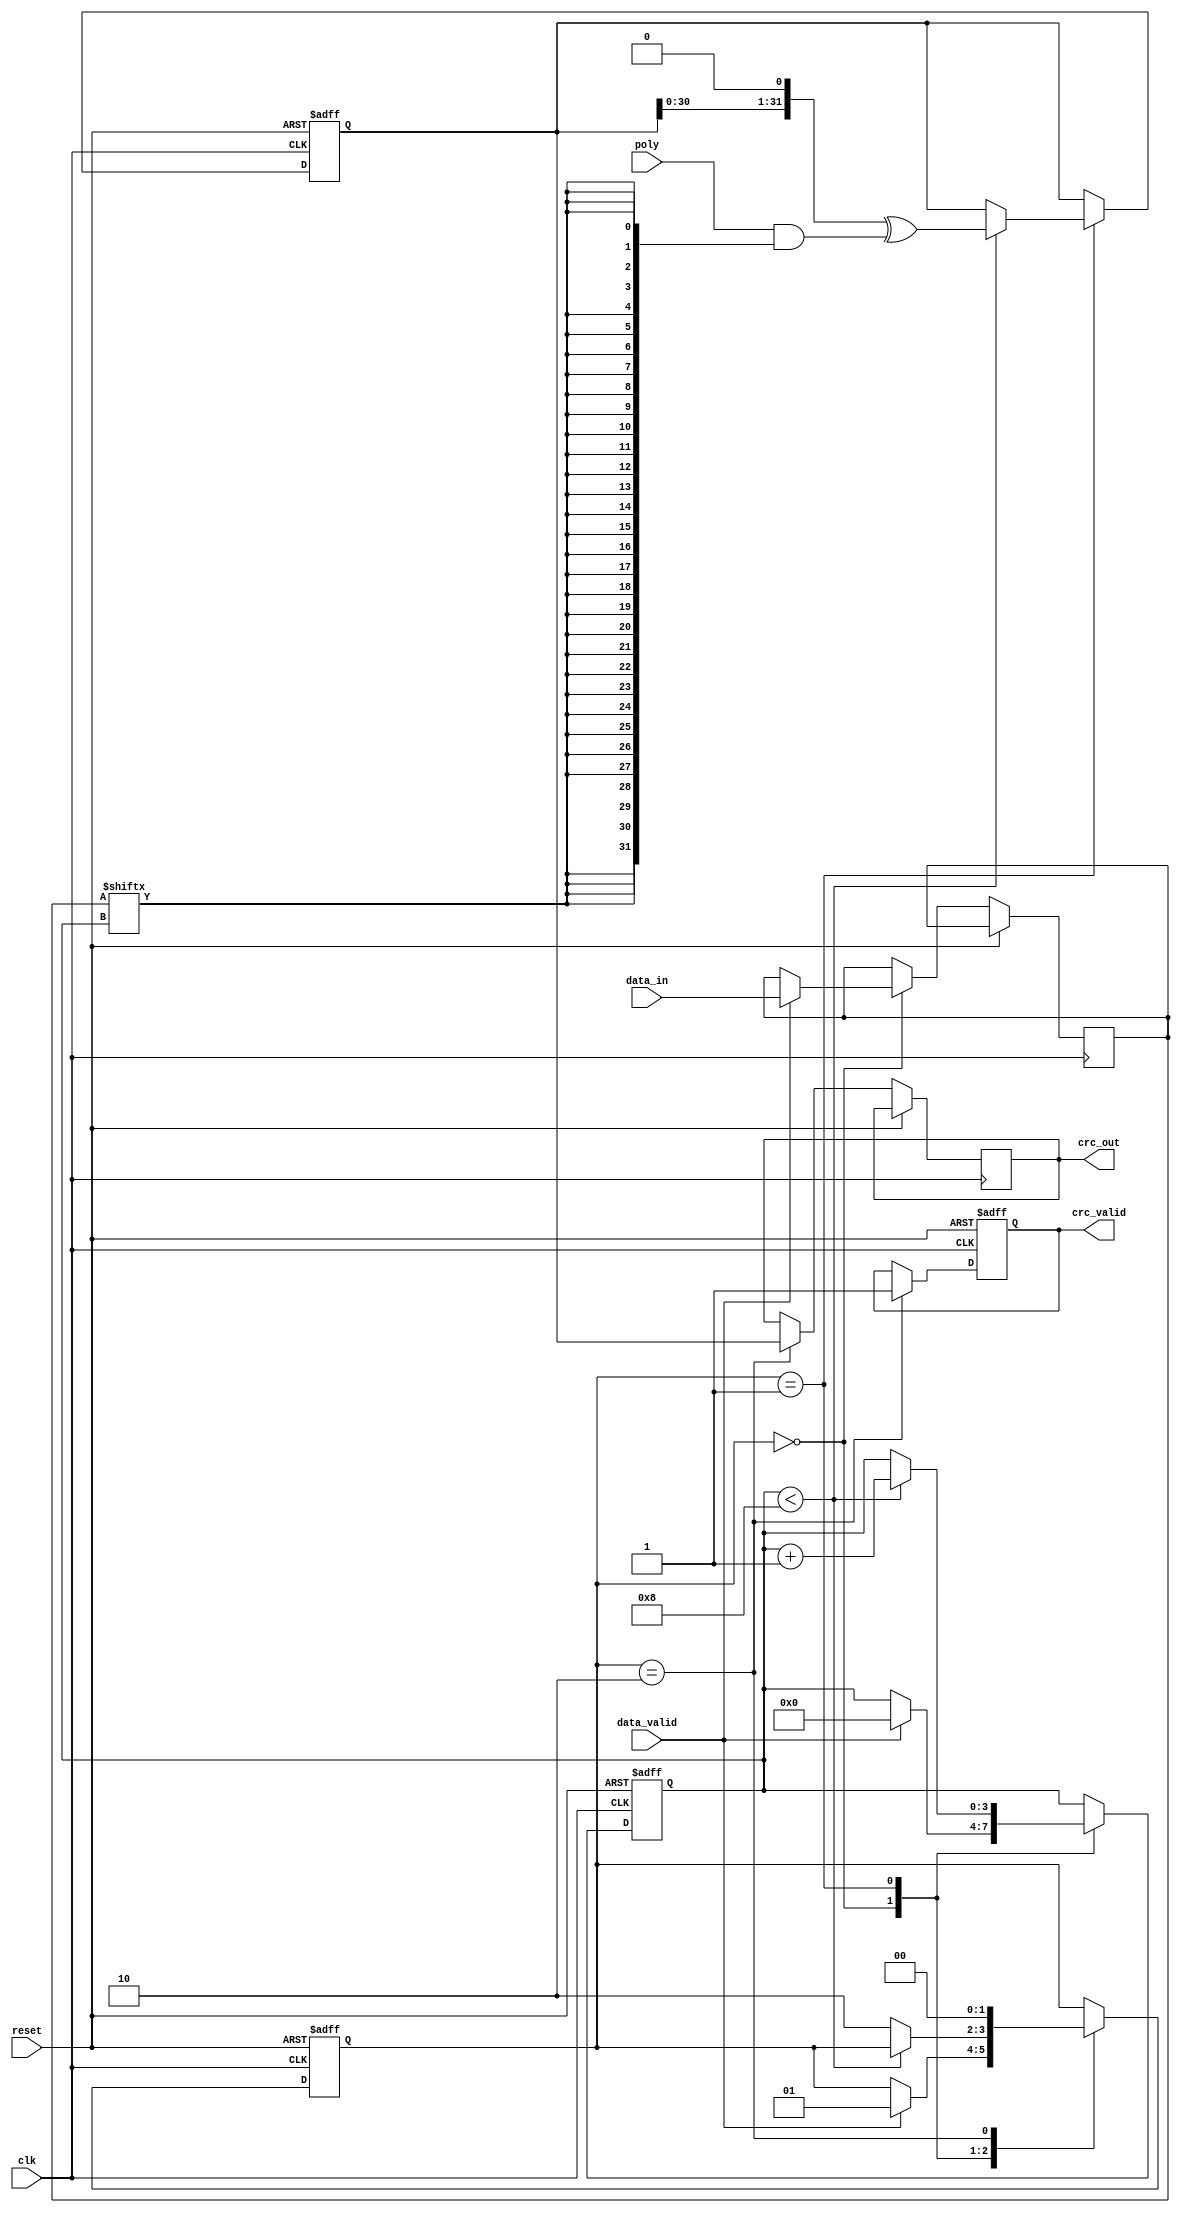
module parameterized_crc #(
    parameter CRC_WIDTH = 32,
    parameter POLY_WIDTH = 8,
    parameter INIT_VALUE = 32'hFFFFFFFF,
    parameter REFLECT_INPUT = 1'b0,
    parameter REFLECT_OUTPUT = 1'b0
)(
    input wire clk,
    input wire reset,
    input wire [7:0] data_in, // Assuming 8-bit input data
    input wire data_valid,
    input wire [POLY_WIDTH-1:0] poly,
    output reg [CRC_WIDTH-1:0] crc_out,
    output reg crc_valid
);

    reg [CRC_WIDTH-1:0] crc_reg;
    reg [7:0] data_buffer;
    reg [3:0] bit_counter; // Assuming max 8 bits of data
    reg [1:0] state;
    
    localparam IDLE = 2'b00;
    localparam PROCESSING = 2'b01;
    localparam OUTPUT = 2'b10;

    // Reflect function for input and output
    function [7:0] reflect_input(input [7:0] data);
        integer i;
        begin
            reflect_input = 0;
            for (i = 0; i < 8; i = i + 1) begin
                reflect_input[i] = data[7 - i];
            end
        end
    endfunction

    function [CRC_WIDTH-1:0] reflect_output(input [CRC_WIDTH-1:0] crc);
        integer i;
        begin
            reflect_output = 0;
            for (i = 0; i < CRC_WIDTH; i = i + 1) begin
                reflect_output[i] = crc[CRC_WIDTH - 1 - i];
            end
        end
    endfunction

    // CRC calculation process
    always @(posedge clk or posedge reset) begin
        if (reset) begin
            crc_reg <= INIT_VALUE;
            crc_valid <= 1'b0;
            state <= IDLE;
            bit_counter <= 0;
        end else begin
            case (state)
                IDLE: begin
                    if (data_valid) begin
                        data_buffer <= REFLECT_INPUT ? reflect_input(data_in) : data_in;
                        crc_reg <= crc_reg; // Keep the current CRC value
                        bit_counter <= 0;
                        state <= PROCESSING;
                    end
                end
                
                PROCESSING: begin
                    if (bit_counter < 8) begin
                        // Update CRC for each bit
                        crc_reg <= (crc_reg << 1) ^ (poly & {CRC_WIDTH{data_buffer[bit_counter]}});
                        bit_counter <= bit_counter + 1;
                    end else begin
                        state <= OUTPUT;
                    end
                end
                
                OUTPUT: begin
                    crc_out <= REFLECT_OUTPUT ? reflect_output(crc_reg) : crc_reg;
                    crc_valid <= 1'b1;
                    state <= IDLE; // Go back to IDLE after output
                end
            endcase
        end
    end
endmodule